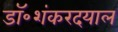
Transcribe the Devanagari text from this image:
डॉ॰शंकरदयाल